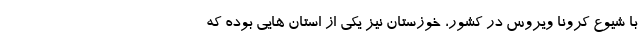
با شیوع کرونا ویروس در کشور، خوزستان نیز یکی از استان هایی بوده که